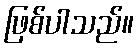
ဖြစ်ပါသည်။